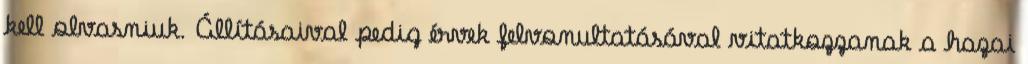
kell olvasniuk. Állításaival pedig érvek felvonultatásával vitatkozzanak a hazai